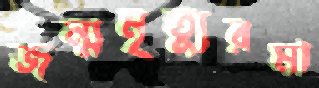
জন্মমৃত্যুরমা